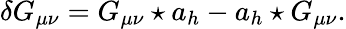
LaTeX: \delta G_{\mu\nu}=G_{\mu\nu}\star a_{h}-a_{h}\star G_{\mu\nu}.